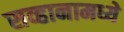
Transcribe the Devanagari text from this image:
सव्हानामध्ये